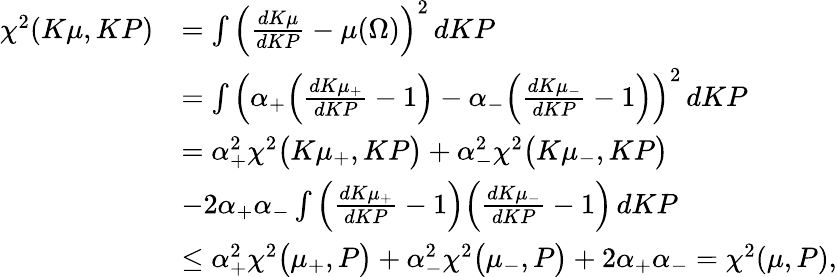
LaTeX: \begin{array}{rl}{\chi^{2}(K\mu,KP)}&{=\int\Big(\frac{dK\mu}{dKP}-\mu(\Omega)\Big)^{2}\, dKP}\\ &{=\int\Big(\alpha_{+}\Big(\frac{dK\mu_{+}}{dKP}-1\Big)-\alpha_{-}\Big(\frac{dK\mu_{-}}{dKP}-1\Big)\Big)^{2}\, dKP}\\ &{=\alpha_{+}^{2}\chi^{2}\big(K\mu_{+},KP\big)+\alpha_{-}^{2}\chi^{2}\big(K\mu_{-},KP\big)}\\ &{-2\alpha_{+}\alpha_{-}\int\Big(\frac{dK\mu_{+}}{dKP}-1\Big)\Big(\frac{dK\mu_{-}}{dKP}-1\Big)\, dKP}\\ &{\leq\alpha_{+}^{2}\chi^{2}\big(\mu_{+},P\big)+\alpha_{-}^{2}\chi^{2}\big(\mu_{-},P\big)+2\alpha_{+}\alpha_{-}=\chi^{2}(\mu,P),}\end{array}